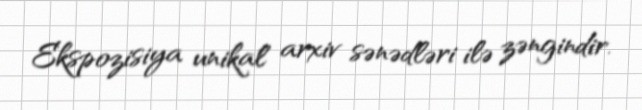
Ekspozisiya unikal arxiv sənədləri ilə zəngindir.